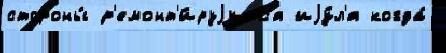
стороны́ р'емонт'и́руjутс'я иjу́л'я когда́